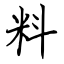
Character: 料